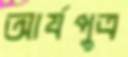
আর্যপুত্র